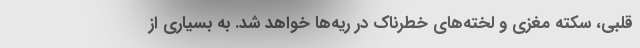
قلبی، سکته مغزی و لخته‌های خطرناک در ریه‌ها خواهد شد. به بسیاری از